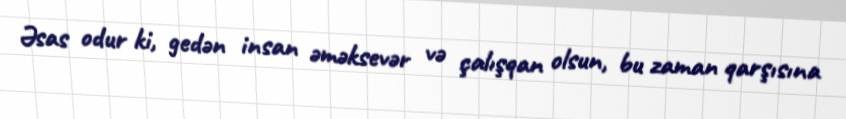
Əsas odur ki, gedən insan əməksevər və çalışqan olsun, bu zaman qarşısına